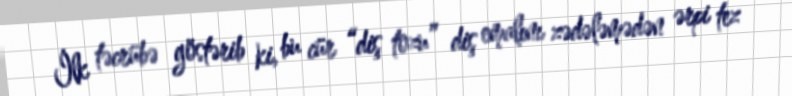
İlk təcrübə göstərib ki, bu cür “diş tozu” diş emalını zədələmədən ərpi tez